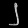
Digit: ၂